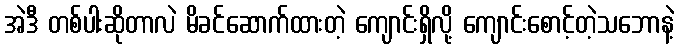
အဲဒီ တစ်ပါးဆိုတာလဲ မိခင်ဆောက်ထားတဲ့ ကျောင်းရှိလို့ ကျောင်းစောင့်တဲ့သဘောနဲ့